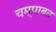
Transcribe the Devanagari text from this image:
चम्पाबत